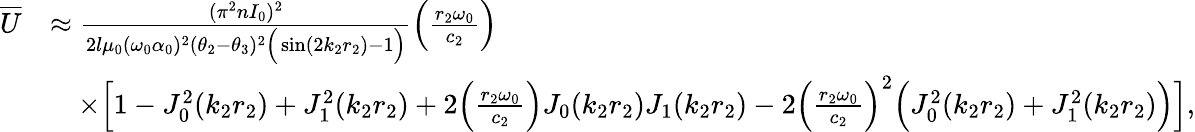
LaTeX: \begin{array}{rl}{\overline{{U}}}&{\approx\frac{(\pi^{2}nI_{0})^{2}}{2l\mu_{0}(\omega_{0}\alpha_{0})^{2}(\theta_{2}-\theta_{3})^{2}\Big(\sin(2k_{2}r_{2})-1\Big)}\Big(\frac{r_{2}\omega_{0}}{c_{2}}\Big)}\\ &{\quad\times\Big[1-J_{0}^{2}(k_{2}r_{2})+J_{1}^{2}(k_{2}r_{2})+2\Big(\frac{r_{2}\omega_{0}}{c_{2}}\Big)J_{0}(k_{2}r_{2})J_{1}(k_{2}r_{2})-2\Big(\frac{r_{2}\omega_{0}}{c_{2}}\Big)^{2}\Big(J_{0}^{2}(k_{2}r_{2})+J_{1}^{2}(k_{2}r_{2})\Big)\Big],}\end{array}